Document type: Grant of rights
Year: 1326
Scribe: Bernat de Vilarúbia
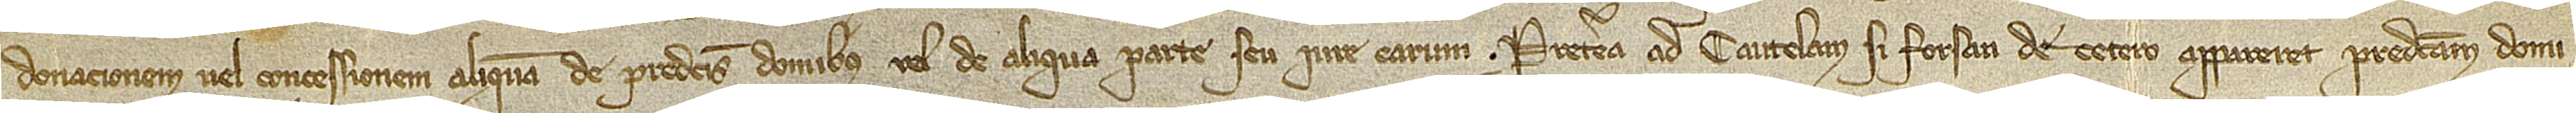
donacionem vel concessionem aliquam de predictis domibus vel de aliqua parte seu iure earum. Preterea ad cautelam si forsan de cetero appareret predictam domi-